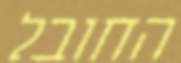
החובל